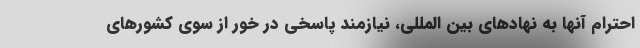
احترام آنها به نهادهای بین المللی، نیازمند پاسخی در خور از سوی کشورهای